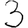
Digit: 3